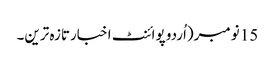
15 نومبر(اُردو پوائنٹ اخبارتازہ ترین۔